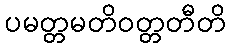
ပမတ္တမတိဝတ္တတီတိ